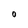
Character: 0